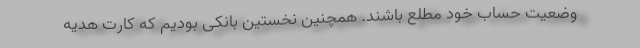
وضعیت حساب خود مطلع باشند. همچنین نخستین بانکی بودیم که کارت هدیه